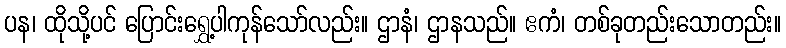
ပန၊ ထိုသို့ပင် ပြောင်းရွှေ့ပါကုန်သော်လည်း။ ဌာနံ၊ ဌာနသည်။ ဧကံ၊ တစ်ခုတည်းသောတည်း။